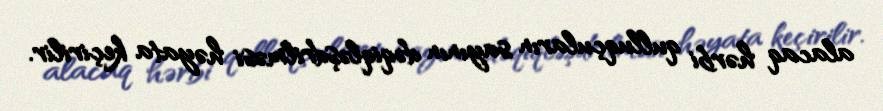
alacaq hərbi qulluqçuların sayının dəqiqləşdrilməsi həyata keçirilir.